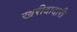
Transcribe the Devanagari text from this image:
खरीदादारी